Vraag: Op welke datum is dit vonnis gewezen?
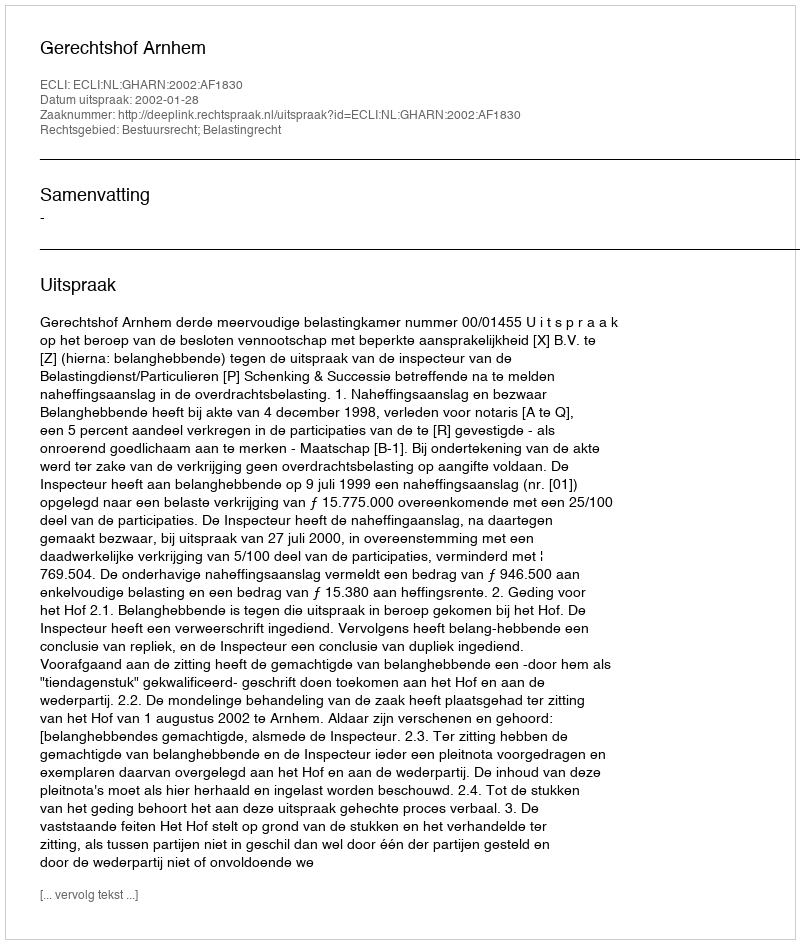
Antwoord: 2002-01-28